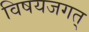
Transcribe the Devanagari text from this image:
विषयजगत्